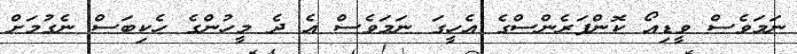
ނަމަވެސް ވީޑިއޯ ކޮންފަރެންސްގެ އެހީގަ ނަމަވެސް އެ ދެ މީހުންގެ ހެކިބަސް ނެގުމަށް